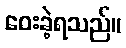
ဝေးခဲ့ရသည်။